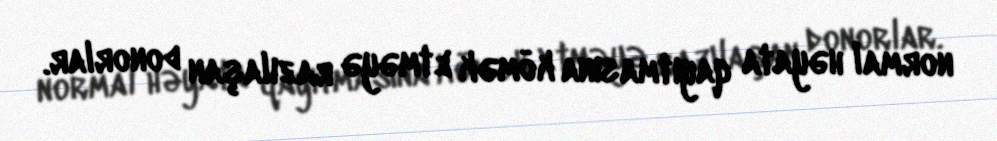
normal həyata qayıtmasına kömək etməyə razılaşan donorlar.